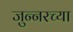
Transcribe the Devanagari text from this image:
जुन्‍नरच्या